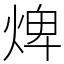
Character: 焷